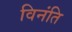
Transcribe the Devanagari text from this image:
विनंति